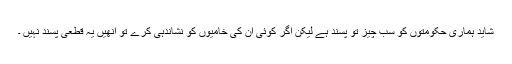
شاید ہماری حکومتوں کو سب چیز تو پسند ہے لیکن اگر کوئی ان کی خامیوں کو نشاندہی کرے تو انھیں یہ قطعی پسند نہیں ۔